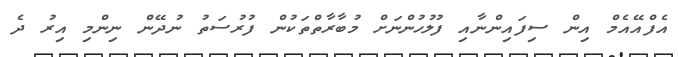
އެފްއޭއެމް އިން ސިފައިންނާއި ފުލުހުންނަށް މުބާރާތްތަކުން ފުރުސަތު ނުދޭން ނިންމި އިރު ދެ